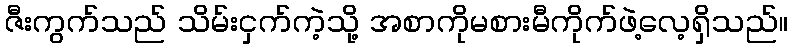
ဇီးကွက်သည် သိမ်းငှက်ကဲ့သို့ အစာကိုမစားမီကိုက်ဖဲ့လေ့ရှိသည်။